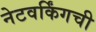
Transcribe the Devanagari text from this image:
नेटवर्किंगची